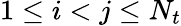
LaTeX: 1\leq i<j\leq N_{t}